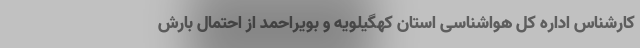
کارشناس اداره کل هواشناسی استان کهگیلویه و بویراحمد از احتمال بارش